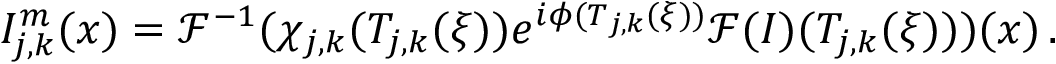
I _ { j , k } ^ { m } ( \boldsymbol { x } ) = \mathcal { F } ^ { - 1 } ( \chi _ { j , k } ( T _ { j , k } ( \boldsymbol { \xi } ) ) e ^ { i \phi ( T _ { j , k } ( \boldsymbol { \xi } ) ) } \mathcal { F } ( I ) ( T _ { j , k } ( \boldsymbol { \xi } ) ) ) ( \boldsymbol { x } ) \, .